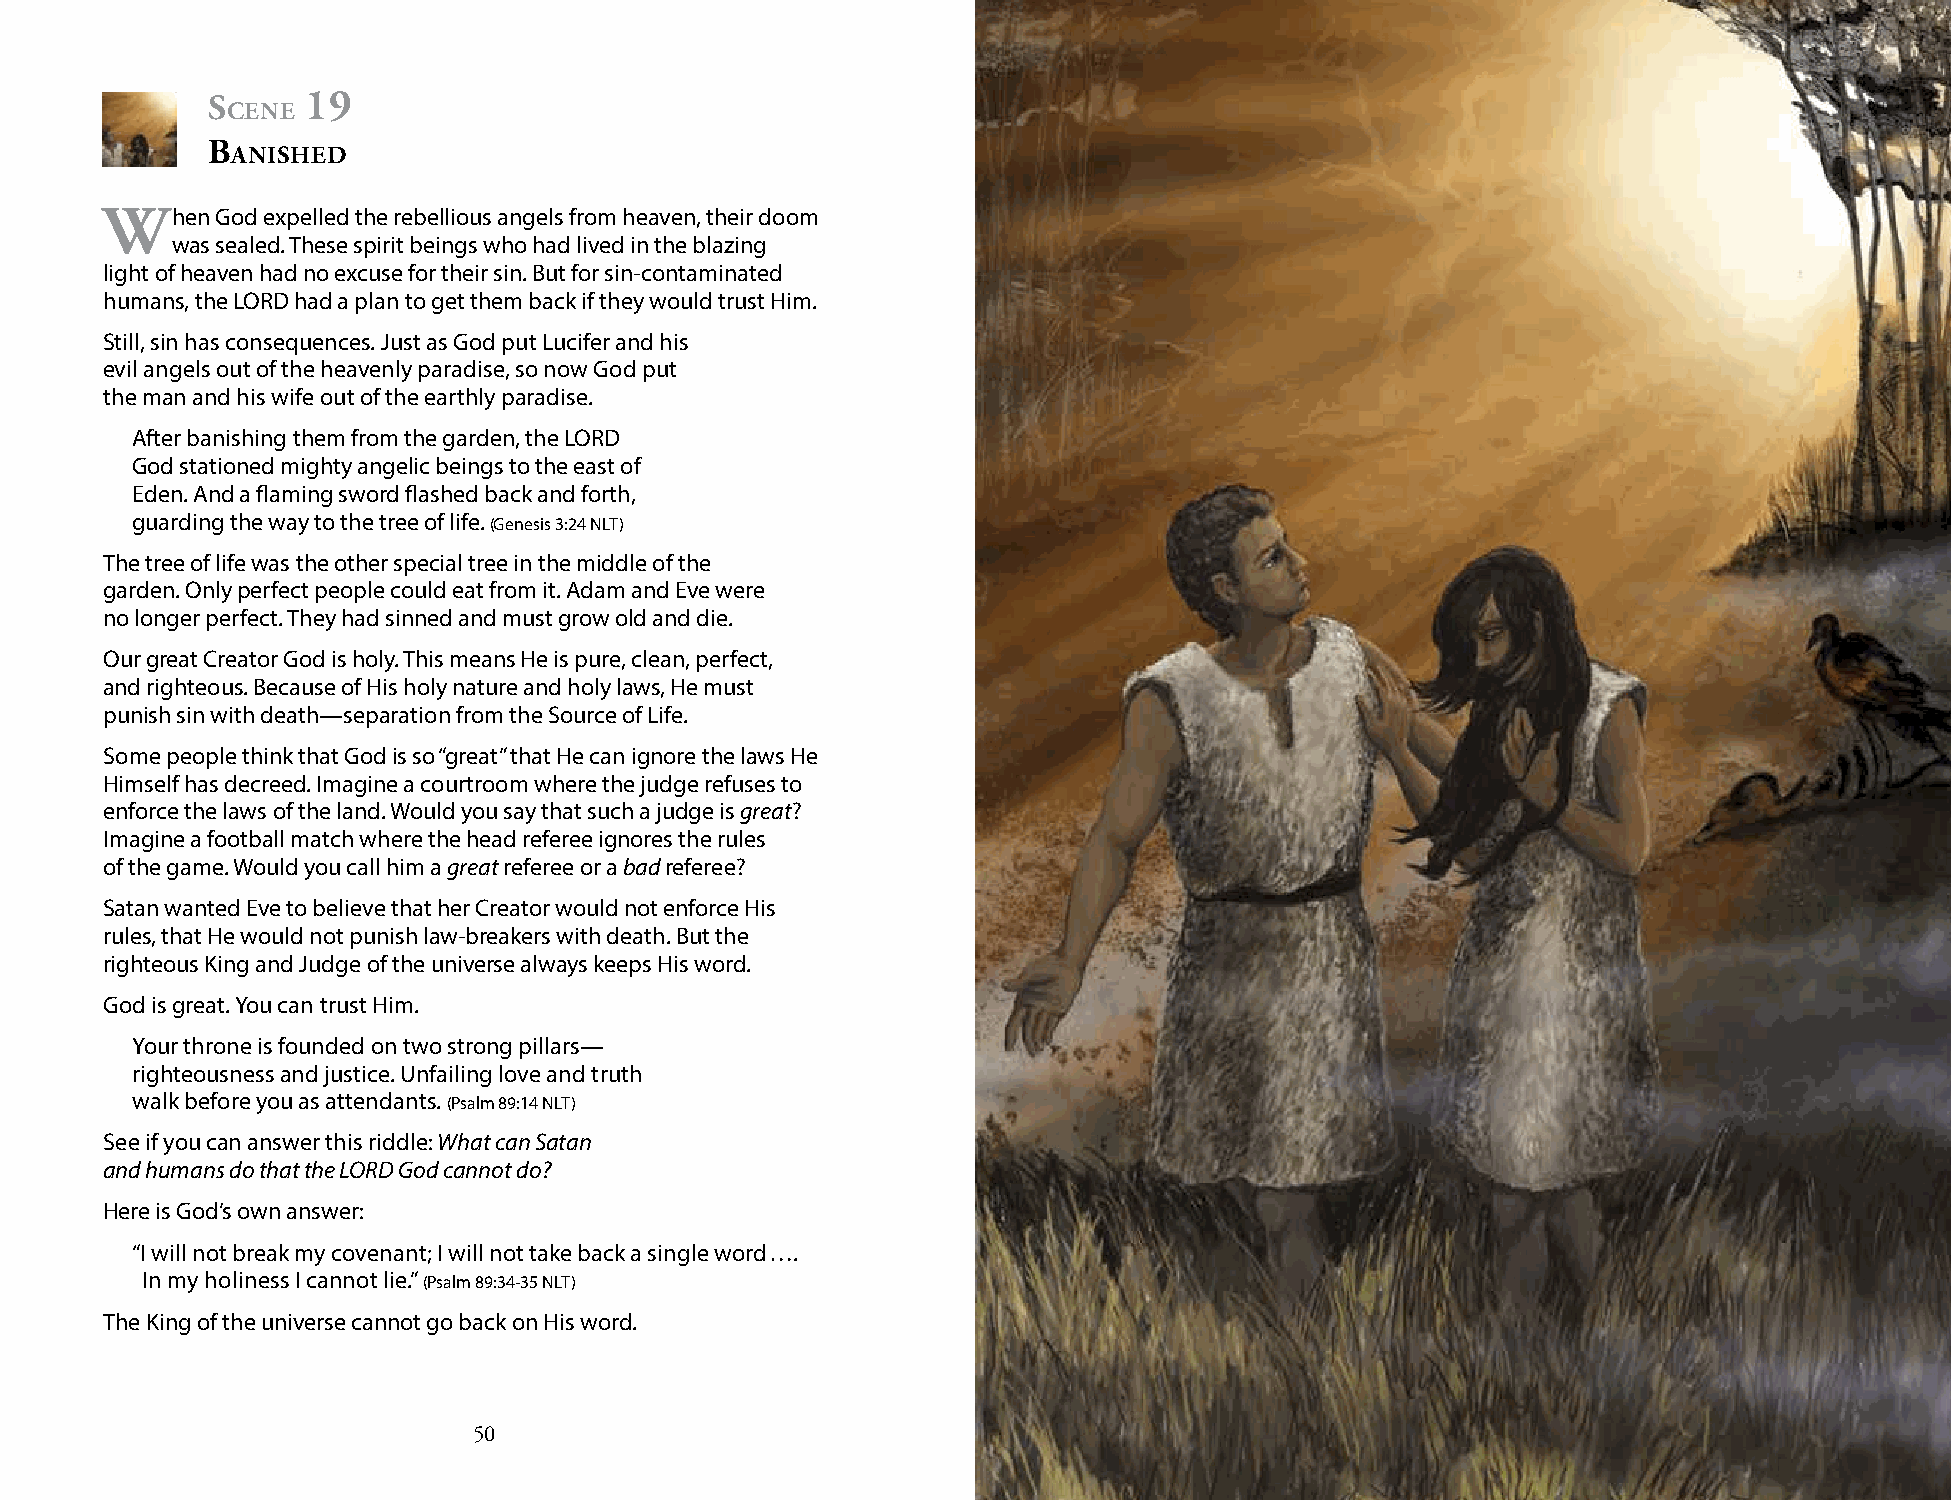
s     19
 cene
 b
 Anished
 When   God expelled the rebellious angels from heaven, their doom
 was sealed. These spirit beings who had lived in the blazing
 light of heaven had no excuse for their sin. But for sin-contaminated
 humans, the LORD had a plan to get them back if they would trust Him.
 Still, sin has consequences. Just as God put Lucifer and his
 evil angels out of the heavenly paradise, so now God put
 the man and his wife out of the earthly paradise.
 After banishing them from the garden, the LORD
 God stationed mighty angelic beings to the east of
 Eden. And a flaming sword flashed back and forth,
 guarding the way to the tree of life. (Genesis 3:24 NLT)
 The tree of life was the other special tree in the middle of the
 garden. Only perfect people could eat from it. Adam and Eve were
 no longer perfect. They had sinned and must grow old and die.
 Our great Creator God is holy. This means He is pure, clean, perfect,
 and righteous. Because of His holy nature and holy laws, He must
 punish sin with death—separation from the Source of Life.
 Some people think that God is so “great” that He can ignore the laws He
 Himself has decreed. Imagine a courtroom where the judge refuses to
 enforce the laws of the land. Would you say that such a judge is great?
 Imagine a football match where the head referee ignores the rules
 of the game. Would you call him a great referee or a bad referee?
 Satan wanted Eve to believe that her Creator would not enforce His
 rules, that He would not punish law-breakers with death. But the
 righteous King and Judge of the universe always keeps His word.
 God is great. You can trust Him.
 Your throne is founded on two strong pillars—
 righteousness and justice. Unfailing love and truth
 walk before you as attendants. (Psalm 89:14 NLT)
 See if you can answer this riddle: What can Satan
 and humans do that the LORD God cannot do?
 Here is God’s own answer:
 “I will not break my covenant; I will not take back a single word ….
 In my holiness I cannot lie.” (Psalm 89:34-35 NLT)
 The King of the universe cannot go back on His word.
 50